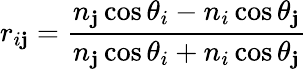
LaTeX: r_{i\mathbf{j}}=\frac{{n_{\mathbf{j}}\cos\theta_{i}-n_{i}\cos\theta_{\mathbf{j}}}}{{n_{\mathbf{j}}\cos\theta_{i}+n_{i}\cos\theta_{\mathbf{j}}}}